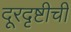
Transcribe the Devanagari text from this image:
दूरदृष्टीची